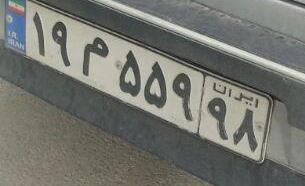
۱۹م۵۵۹۹۸